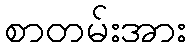
စာတမ်းအား